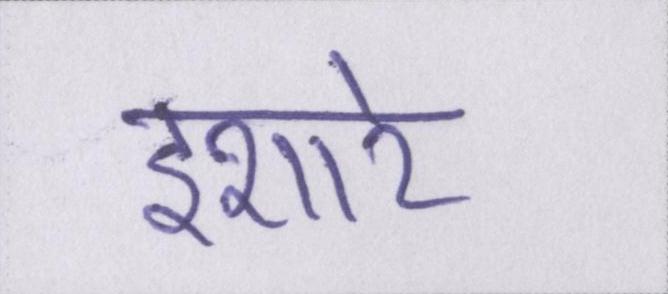
इशारे